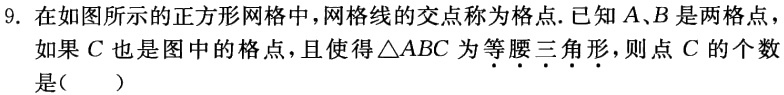
9. 在如图所示的正方形网格中，网格线的交点称为格点. 已知\(A、B\)是两格点，如果\(C\)也是图中的格点，且使得\(\triangle ABC\)为等腰三角形，则点\(C\)的个数是（  ）